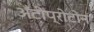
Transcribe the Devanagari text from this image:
अँटीप्रोटोन